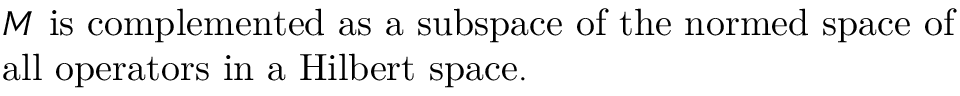
\begin{array} { l l } { { } } & { { M \ \mathrm { i s ~ c o m p l e m e n t e d ~ a s ~ a ~ s u b s p a c e ~ o f ~ t h e ~ n o r m e d ~ s p a c e ~ o f } } } \\ { { } } & { { \mathrm { a l l ~ o p e r a t o r s ~ i n ~ a ~ H i l b e r t ~ s p a c e . } \hfill } } \end{array}